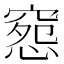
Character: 𥧉